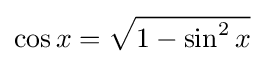
\cos x={\sqrt {1-\sin ^{2}x}}